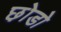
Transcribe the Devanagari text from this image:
छ़ोडो